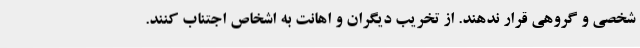
شخصی و گروهی قرار ندهند. از تخریب دیگران و اهانت به اشخاص اجتناب کنند.